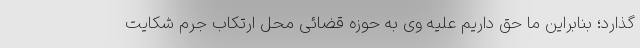
گذارد؛ بنابراین ما حق داریم علیه وی به حوزه قضائی محل ارتکاب جرم شکایت